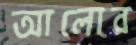
আলোর